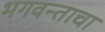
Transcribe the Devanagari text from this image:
भगवन्ताचा